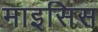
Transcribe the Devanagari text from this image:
माइसिस